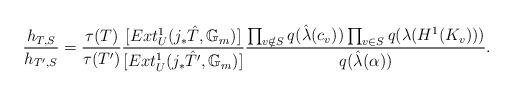
LaTeX: \begin{align*}\frac{h_{T,S}}{h_{T',S}}=\frac{\tau(T)}{\tau(T')}\frac{[Ext^1_U(j_{*}\hat{T},\mathbb{G}_m)]}{[Ext^1_U(j_{*}\hat{T}',\mathbb{G}_m)]}\frac{\prod_{v\notin S}{q(\hat{\lambda}(c_v))}\prod_{v\in S}{q({\lambda}(H^1(K_v)))}}{q(\hat{\lambda}(\alpha))}.\end{align*}